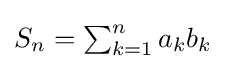
{\textstyle S_{n}=\sum _{k=1}^{n}a_{k}b_{k}}